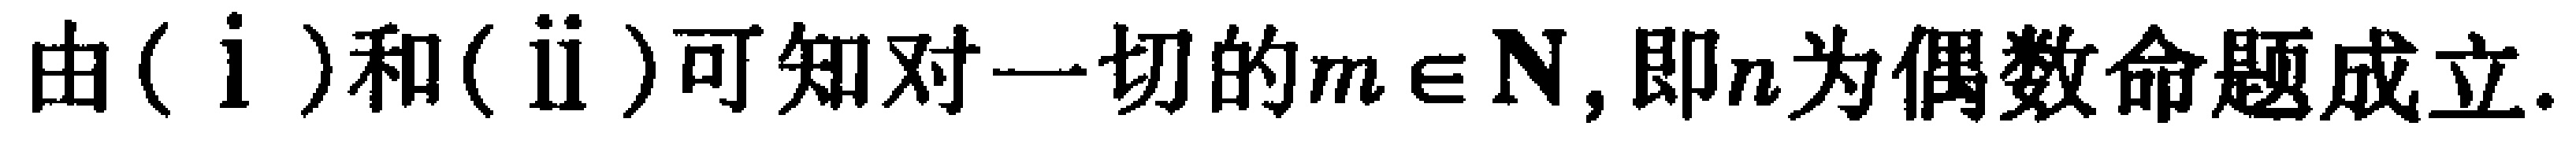
由$(\mathrm{i})$和$(\mathrm{ii})$可知对一切的$m\in \mathbf{N}$, 即$n$为偶数命题成立.